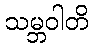
သမ္ဘဝါတိ